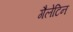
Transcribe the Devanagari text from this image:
गैलेटिन